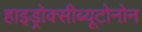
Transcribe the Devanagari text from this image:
हाइड्रोक्सीब्यूटोनोन